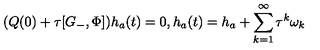
( Q ( 0 ) + \tau [ G _ { - } , \Phi ] ) h _ { a } ( t ) = 0 , h _ { a } ( t ) = h _ { a } + \sum _ { k = 1 } ^ { \infty } \tau ^ { k } \omega _ { k }